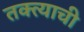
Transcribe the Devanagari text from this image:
तक्त्याची